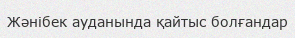
Жәнібек ауданында қайтыс болғандар